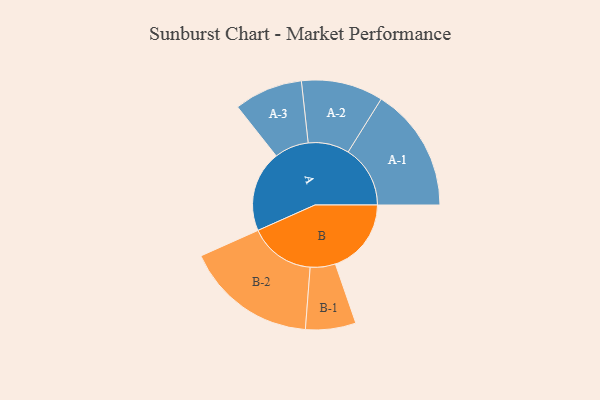
{"axis": {"x": "Segment", "y": "Value"}, "legend": ["", "A", "B"], "data": [{"x": "A", "y": 364, "type": ""}, {"x": "B", "y": 341, "type": ""}, {"x": "A-1", "y": 279, "type": "A"}, {"x": "A-2", "y": 184, "type": "A"}, {"x": "A-3", "y": 154, "type": "A"}, {"x": "B-1", "y": 113, "type": "B"}, {"x": "B-2", "y": 296, "type": "B"}]}